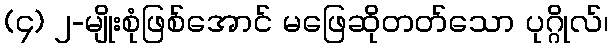
(၄) ၂-မျိုးစုံဖြစ်အောင် မဖြေဆိုတတ်သော ပုဂ္ဂိုလ်၊